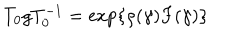
T _ { 0 } g T _ { 0 } ^ { - 1 } = \exp \{ \rho ( \gamma ) F ( \gamma ) \}